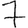
Digit: 7